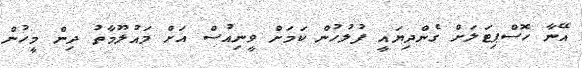
އޭނާ ހޮސްޕިޓަލަށް ގެންދިޔައީ ފުލުހުން ކަމަށް ވީނިއުސް އަށް މައުލޫމާތު ދިން މީހުން